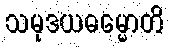
သမုဒယဓမ္မောတိ